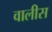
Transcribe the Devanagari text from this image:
वालीस